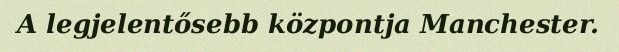
A legjelentősebb központja Manchester.